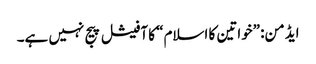
ایڈمن: ”خواتین کا اسلام“ کا آفیشل پیج نہیں ہے۔